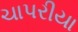
ચાપરીયા